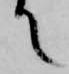
て